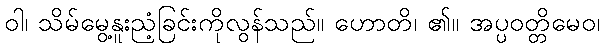
ဝါ၊ သိမ်မွေ့နူးညံ့ခြင်းကိုလွန်သည်။ ဟောတိ၊ ၏။ အပ္ပဝတ္တိမေဝ၊